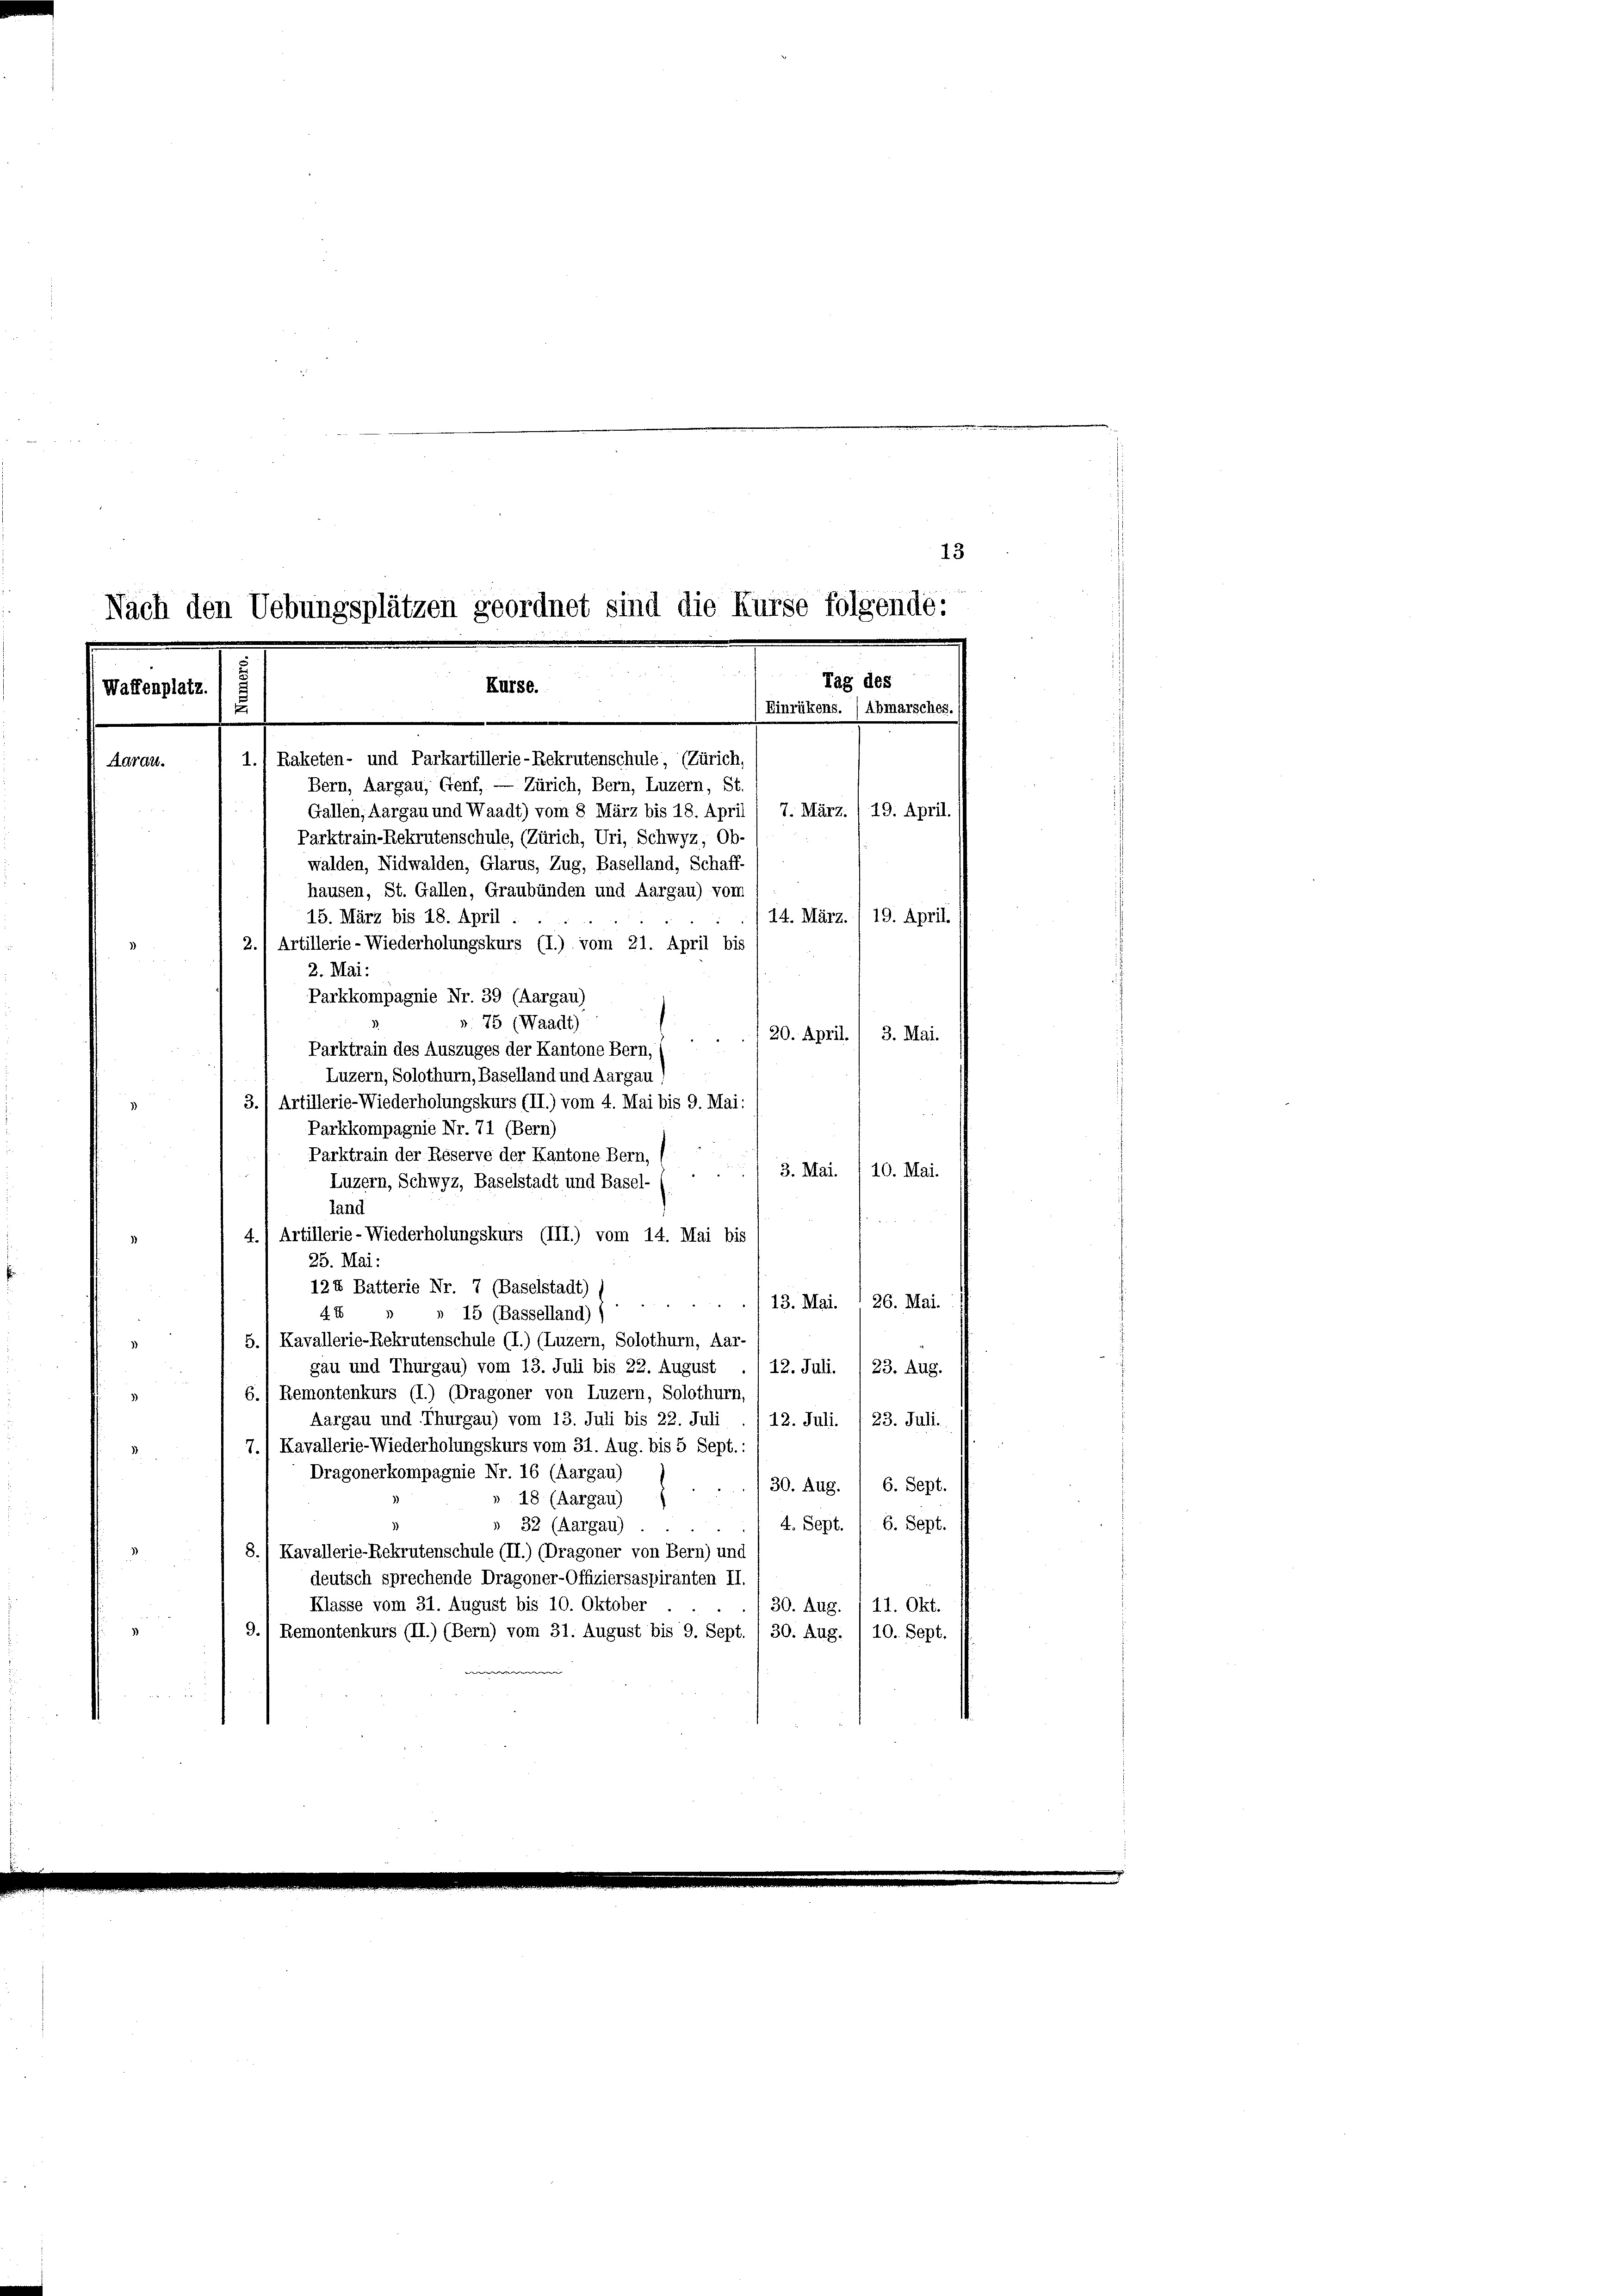
13
Nach den Uebungsplätzen geordnet sind die Kürse folgende:
Tag des
Küsse.
Waffenplatz.
u
Einrükens. (Abmarsches.)
1.) Raketen- und Parkartillerie-Rekrutenschule, (Zürich,
Aarau.

Bern, Aargau, Genf, — Zürich, Bern, Luzern, St.
Gallen, Aargau und Waadt) vom 8 März bis 18. April ( 7. März. /19. April.
Parktrain-Rekrutenschule, (Zürich, Uri, Schwyz, Ob-
walden, Nidwalden, Glarus, Zug, Baselland, Schaff-
hausen, St. Gallen, Graubünden und Aargau) vom
15. März bis 18. April
/14. März. / 19. April.
2.) Artillerie-Wiederholungskurs (I.) vom 21. April bis
2. Mai:
Parkkompagnie Nr. 39 (Aargau)
75 (Waadt)
/20. April. 1 3. Mai.
Parktrain des Auszuges der Kantone Bern,
Luzern, Solothurn, Baselland und Aargau;
3.) Artillerie-Wiederholungskurs (II.) vom 4. Mai bis 9. Mai:
Parkkompagnie Nr. 71 (Bern)
Parktrain der Reserve der Kantone Bern,
3. Mai. 1 10. Mai.
Luzern, Schwyz, Baselstadt und Basel
land
4.) Artillerie-Wiederholungskurs (III.) vom 14. Mai bis
25. Mai:
124 Batterie Nr. 7 (Baselstadt) s
./13. Mai.  26. Mai.
4 x
15 (Basselland) s
5.) Kavallerie-Rekrutenschule (I.) (Luzern, Solothurn, Aar-
gau und Thurgau) vom 13. Juli bis 22. August
12. Juli. /23. Aug.
6.) Remontenkurs (I.) (Dragoner von Luzern, Solothurn,
Aargau und Thurgau) vom 13. Juli bis 22. Juli ./ 12. Juli. / 23. Juli.
7.1 Kavallerie-Wiederholungskurs vom 31. Aug. bis 5 Sept. :
Dragonerkompagnie Nr. 16 (Aargau)
30. Aug. 1 6. Sept.
18 (Aargau)
4. Sept. / 6. Sept.
» 32 (Aargau)
8./ Kavallerie-Rekrutenschule (II.) (Dragoner von Bern) und
deutsch sprechende Dragoner-Offiziersaspiranten II.
Klasse vom 31. August bis 10. Oktober
30. Aug.
11. Okt.
9.) Remontenkurs (II.) (Bern) vom 31. August bis 9. Sept. 1 30. Aug. 10. Sept.